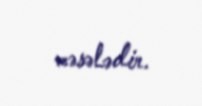
məsələdir.